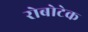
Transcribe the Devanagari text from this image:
रोबोटेक